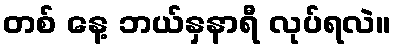
တစ် နေ့ ဘယ်နှနာရီ လုပ်ရလဲ။